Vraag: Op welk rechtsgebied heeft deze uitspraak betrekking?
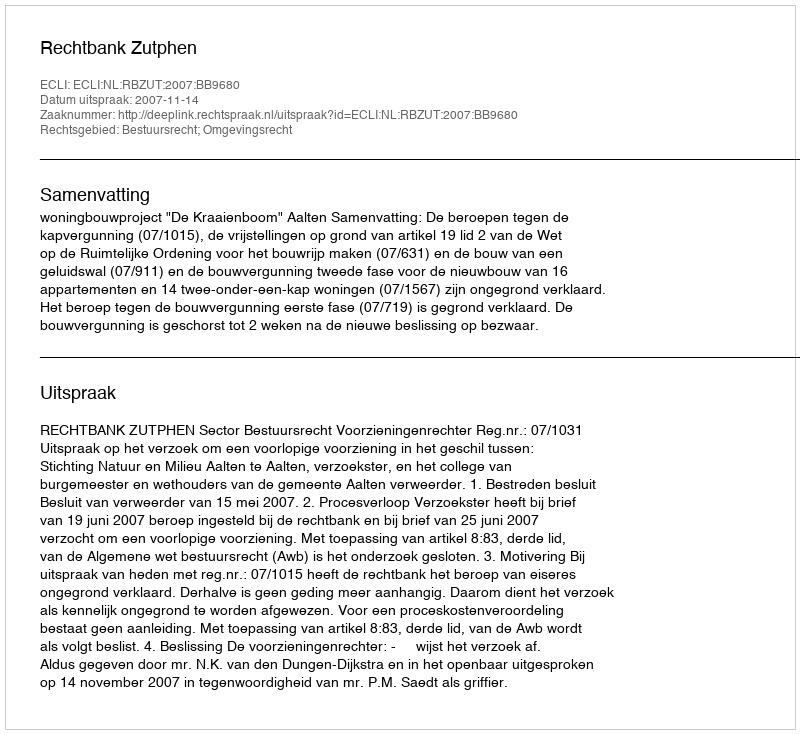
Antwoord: Bestuursrecht; Omgevingsrecht